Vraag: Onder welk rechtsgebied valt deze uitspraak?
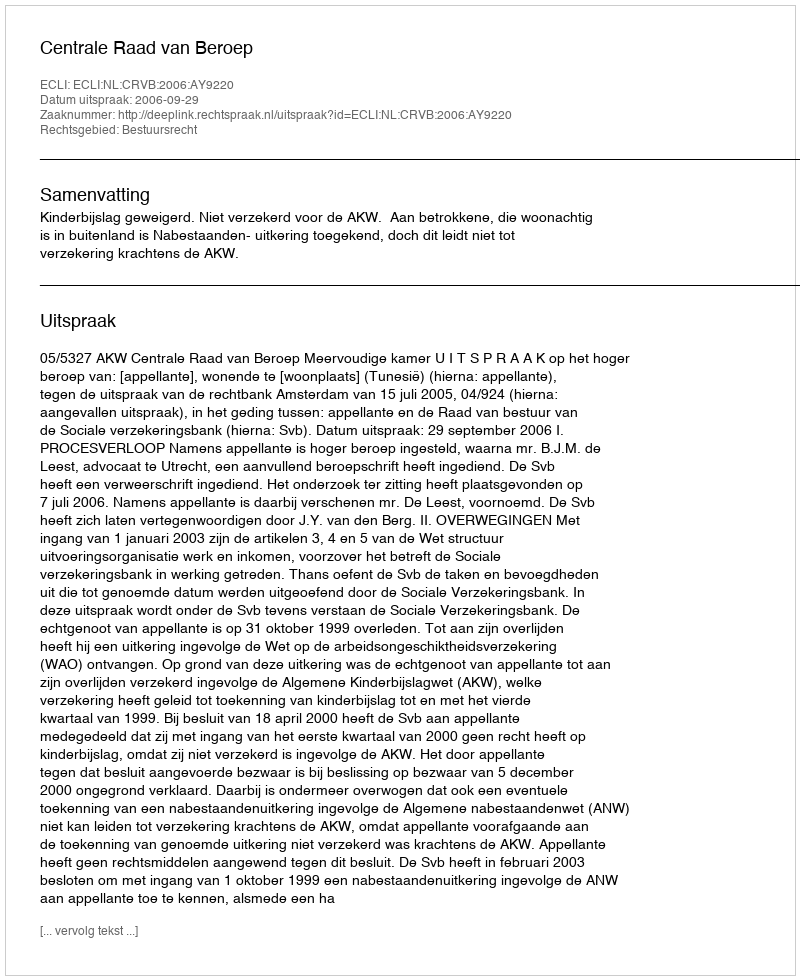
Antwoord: Bestuursrecht